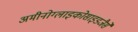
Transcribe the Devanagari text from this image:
अमीनोग्लाइकोसाइडजैसे